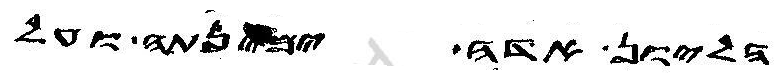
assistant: הליון אדה ימינתה ועל